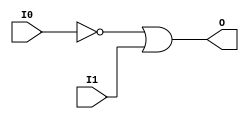

/*

FUNCTION	: 2-INPUT OR GATE

*/

`timescale  100 ps / 10 ps

`celldefine

module OR2B1 (O, I0, I1);


    output O;

    input  I0, I1;

    not N0 (i0_inv, I0);
    or O1 (O, i0_inv, I1);

    specify
	(I0 *> O) = (0, 0);
	(I1 *> O) = (0, 0);
    endspecify

endmodule

`endcelldefine